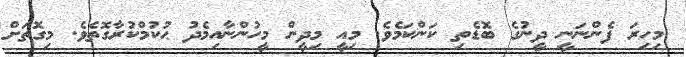
މިހިރަ ފެންނަނީ ދީނުގެ ބޮޑެތި ކަންކަމެވެ. މިއީ މިދީން މީހުންނާއިމެދު ޙުކުމްކުރާގޮތެވެ. މިގޮތަށް